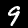
Digit: 9